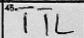
Transcription: TTL